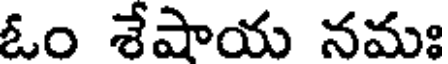
ఓం శేషాయ నమః